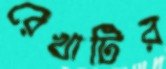
রেখাটির